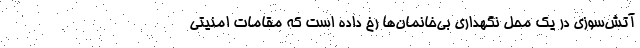
آتش‌سوزی در یک محل نگهداری بی‌خانمان‌ها رخ داده است که مقامات امنیتی